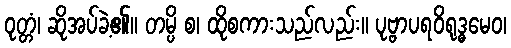
ဝုတ္တံ၊ ဆိုအပ်ခဲ့၏။ တမ္ပိ စ၊ ထိုစကားသည်လည်း။ ပုဗ္ဗာပရဝိရုဒ္ဓမေဝ၊